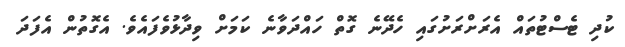
ކުދި ޓެސްޓުތައް އެރަށްރަށުގައި ހެދޭނެ ގޮތް ހައްދަވާނެ ކަމަށް ވިދާޅުވެފައެވެ. އެގޮތުން އެފަދަ